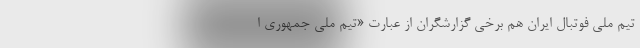
تیم ملی فوتبال ایران هم برخی گزارشگران از عبارت «تیم ملی جمهوری ا